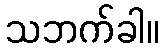
သဘက်ခါ။